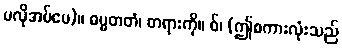
မလိုအပ်ပေ)။ ဓမ္မတတံ၊ တရားကို။ ဝ်၊ (ဤစကားလုံးသည်